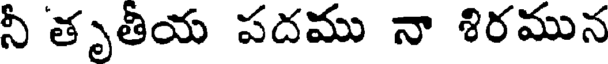
నీ తృతీయ పదము నా శిరమున